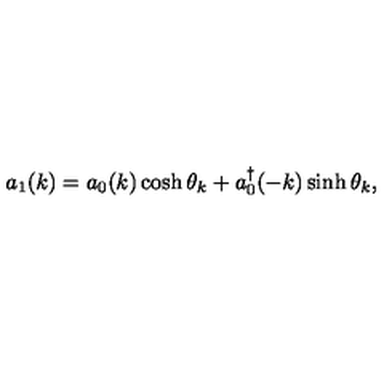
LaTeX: a _ { 1 } ( k ) = a _ { 0 } ( k ) \cosh \theta _ { k } + a _ { 0 } ^ { \dagger } ( - k ) \sinh \theta _ { k } ,